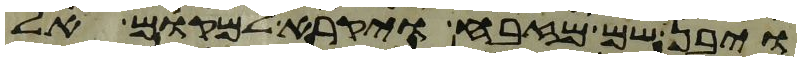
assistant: ויבן שם מזבח ויקרא למקום אל